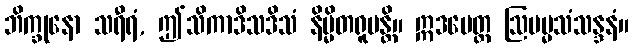
ဘိက္ခုနော သရီရံ, ဤသိကာဒိသဒိသံ နိမ္မိတရူပန္တိ။ ဣဒမေတ္ထ ဩပမ္မသံသန္ဒနံ။